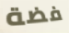
فضة